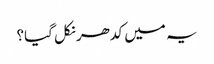
یہ میں کدھر نکل گیا؟